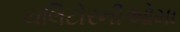
યલિટોરનીઓમા